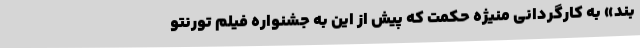
بند» به کارگردانی منیژه حکمت که پیش از این به جشنواره فیلم تورنتو